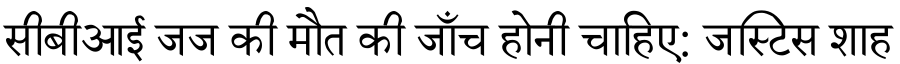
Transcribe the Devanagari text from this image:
सीबीआई जज की मौत की जाँच होनी चाहिए: जस्टिस शाह